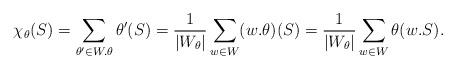
LaTeX: \begin{align*}\chi_\theta(S) = \sum_{\theta'\in W.\theta} \theta'(S)= \frac{1}{|W_\theta|}\sum_{w\in W} (w.\theta)(S) = \frac{1}{|W_\theta|} \sum_{w\in W} \theta(w.S). \end{align*}